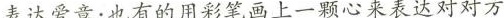
表达爱意；也有的用彩笔画上一颗心来表达对对方